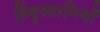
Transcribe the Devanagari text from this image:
हिंदुस्तानियों